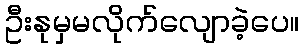
ဦးနုမှမလိုက်လျောခဲ့ပေ။